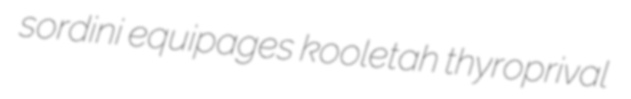
sordini equipages kooletah thyroprival